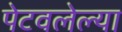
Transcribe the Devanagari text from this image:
पेटवलेल्या